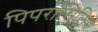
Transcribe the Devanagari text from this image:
पिपरासिलिन